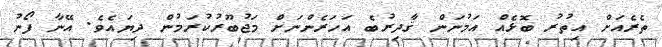
ތެރެއަށް އިތުރު ބޮޅެއް އަމުނަން ޤާދިރުބެ އަހަރެންނަށް މަޖުބޫރުކުރަމުން ދިޔައެވެ. އޭނާ ފޯނު